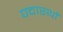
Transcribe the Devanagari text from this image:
पदारथों